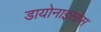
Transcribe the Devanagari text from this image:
डायोनाइसोस